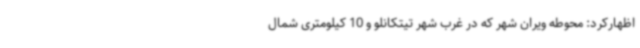
اظهارکرد: محوطه ویران شهر که در غرب شهر تیتکانلو و 10 کیلومتری شمال